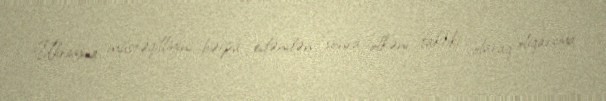
Ukrayna müstəqilliyini bərpa edəndən sonra ölkəni faktiki olaraq oliqarxiya